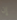
إن